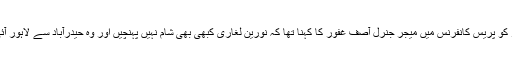
تاہم پیر کو پریس کانفرنس میں میجر جنرل آصف غفور کا کہنا تھا کہ نورین لغاری کبھی بھی شام نہیں پہنچیں اور وہ حیدرآباد سے لاہور آئی تھیں۔